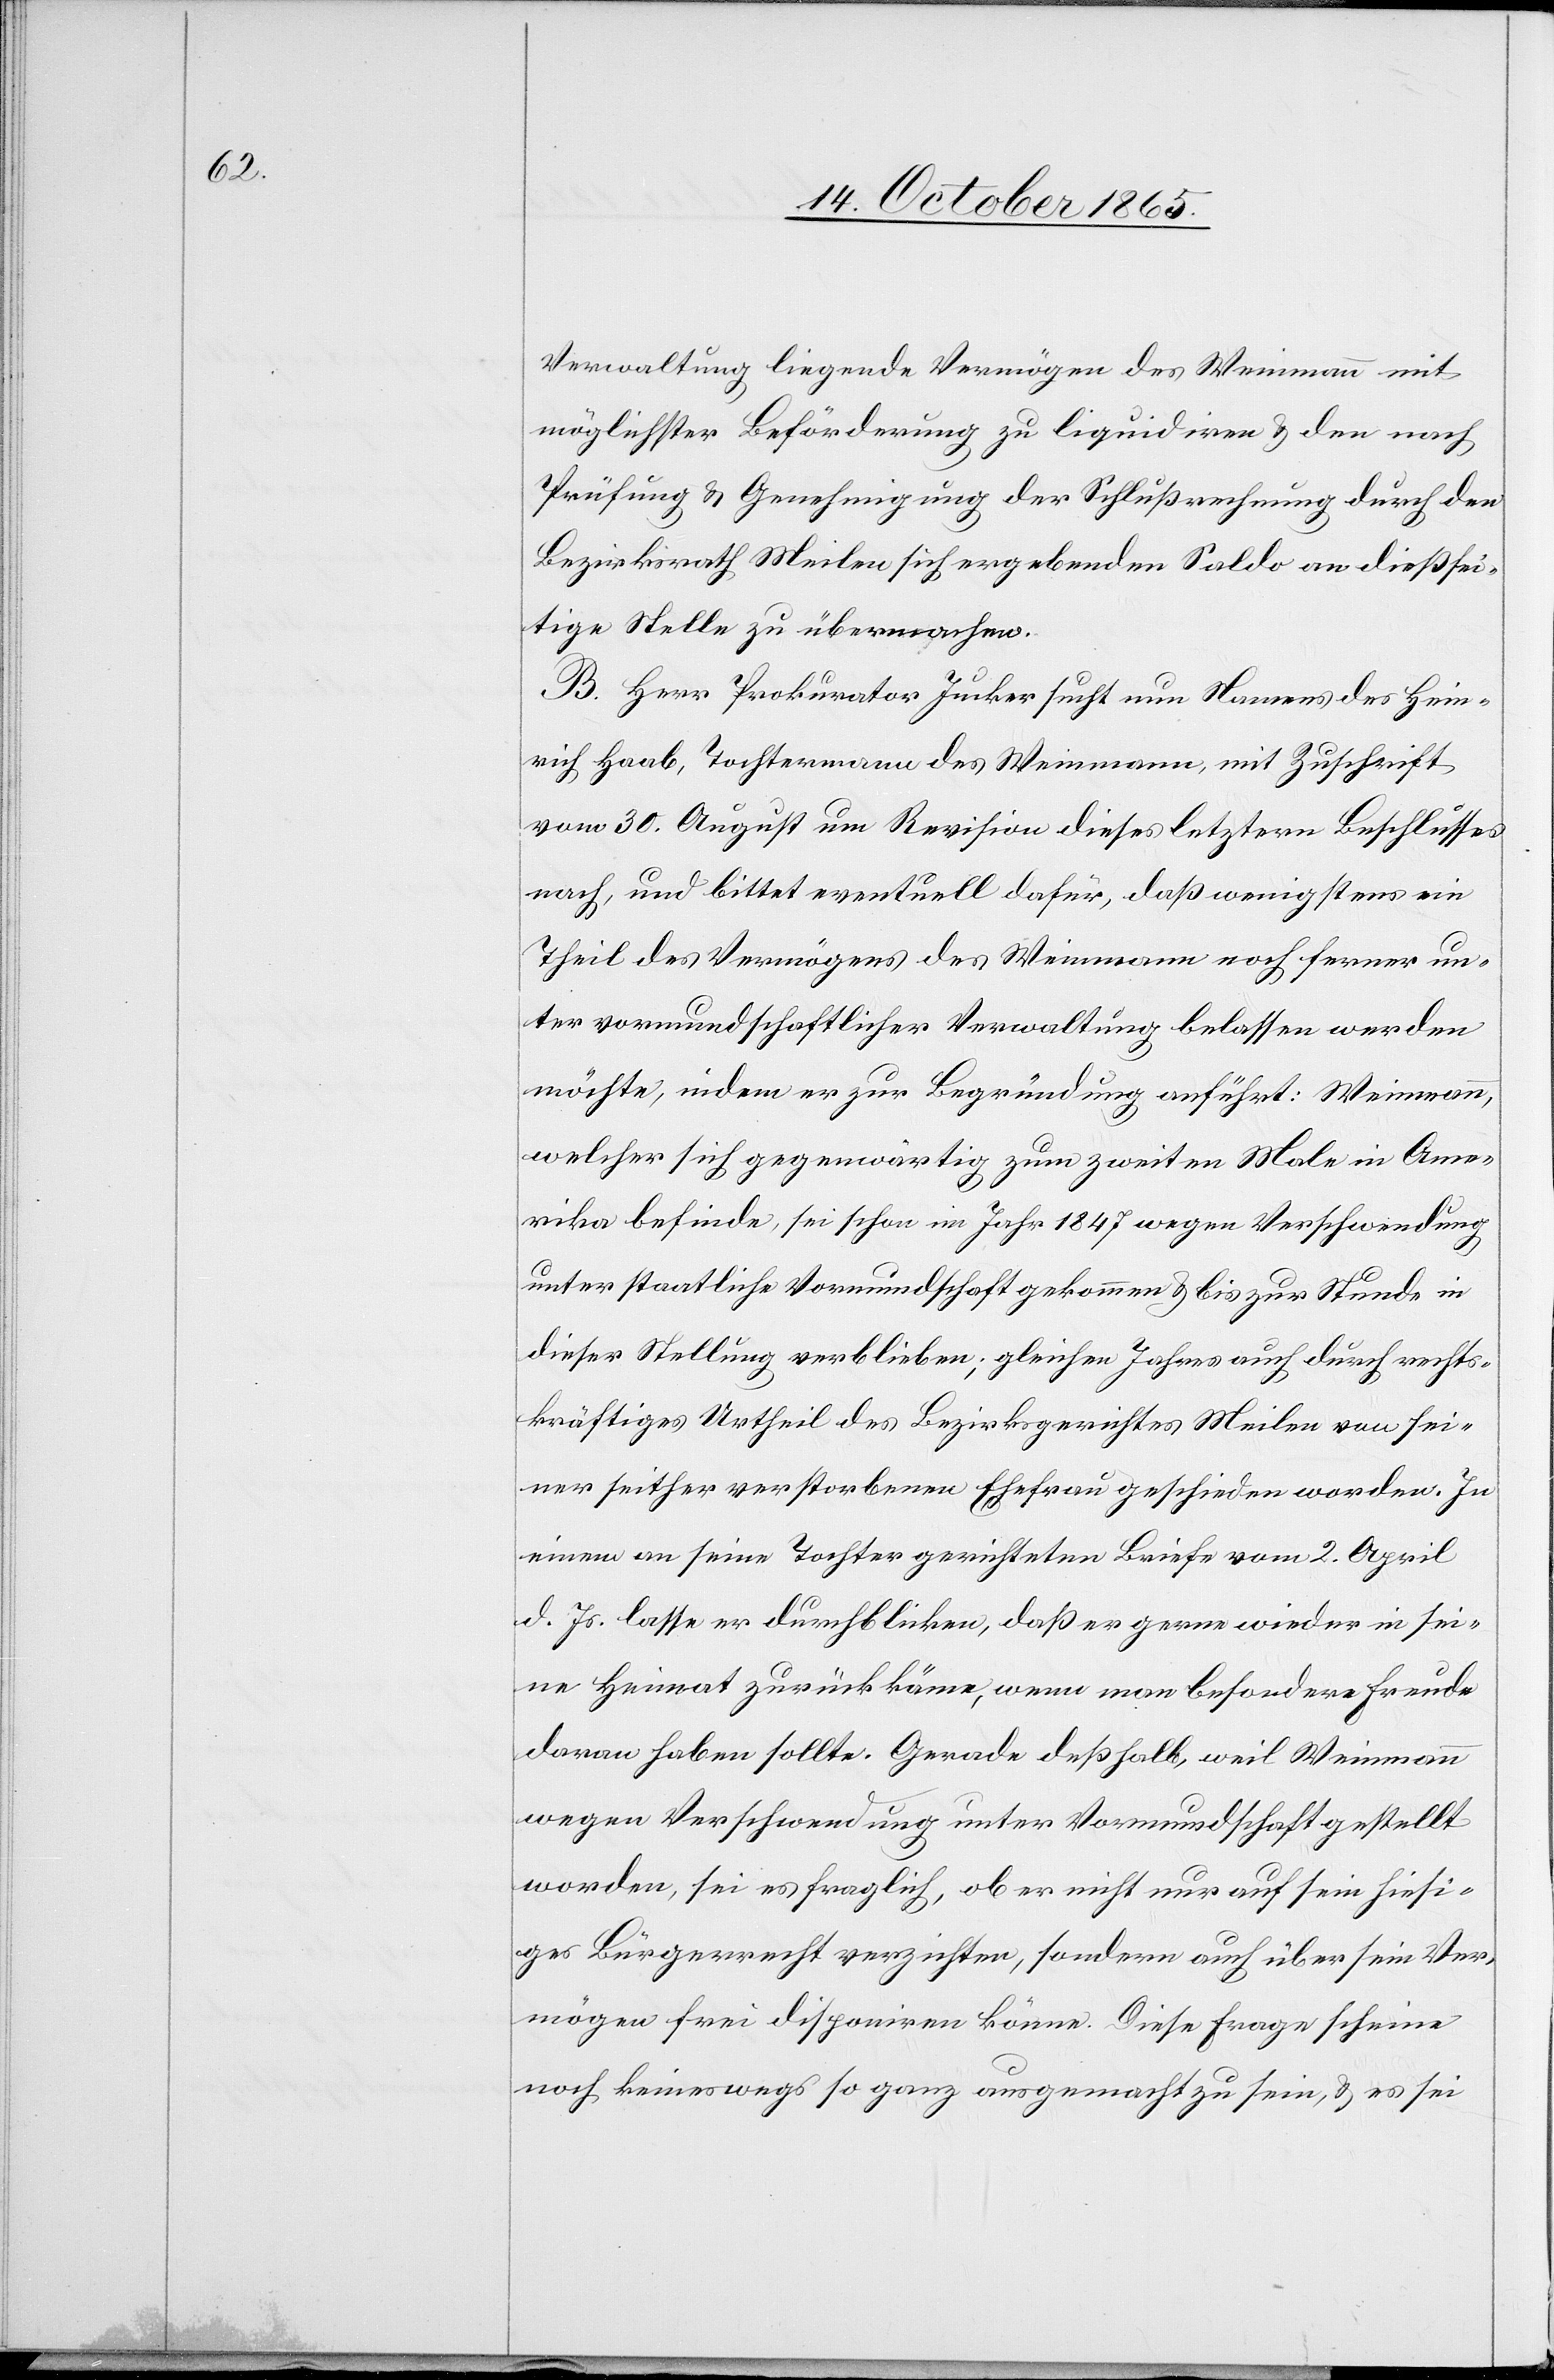
Verwaltung liegende Vermögen des Weinmann mit
möglichster Beförderung zu liquidiren & den nach
Prüfung und Genehmigung der Schlußrechnung durch den
Bezirksrath Meilen sich ergebenden Saldo an dießsei¬
tige Stelle zu übermachen.
B. Herr Prokurator Jucker sucht nun Namens des Hein¬
rich Haab, Tochtermann des Weinmann, mit Zuschrift
vom 30. August um Revision dieses letztern Beschlusses
nach, und bittet eventuell dafür, daß wenigstens ein
Theil des Vermögens des Weinmann noch ferner un¬
ter vormundschaftlicher Verwaltung belassen werden
möchte, indem er zur Begründung anführt: Weinmann,
welcher sich gegenwärtig zum zweiten Male in Ame¬
rika befinde, sei schon im Jahr 1847 wegen Verschwendung
unter staatliche Vormundschaft gekommen & bis zur Stunde in
dieser Stellung verblieben; gleichen Jahres auch durch rechts¬
kräftiges Urtheil des Bezirksgerichtes Meilen von sei¬
ner seither verstorbenen Ehefrau geschieden worden. In
einem an seine Tochter gerichteten Briefe vom 2. April
d. Js. lasse er durchblicken, daß er gerne wieder in sei¬
ne Heimat zurück käme, wenn man besondere Freude
daran haben sollte. Gerade deßhalb, weil Weinmann
wegen Verschwendung unter Vormundschaft gestellt
worden, sei es fraglich, ob er nicht nur auf sein hiesi¬
ges Bürgerrecht verzichten, sondern auch über sein Ver¬
mögen frei disponiren könne. Diese Frage scheine
noch keineswegs so ganz ausgemacht zu sein, & es sei